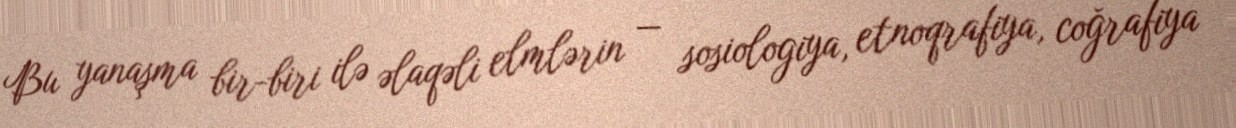
Bu yanaşma bir-biri ilə əlaqəli elmlərin — sosiologiya, etnoqrafiya, coğrafiya